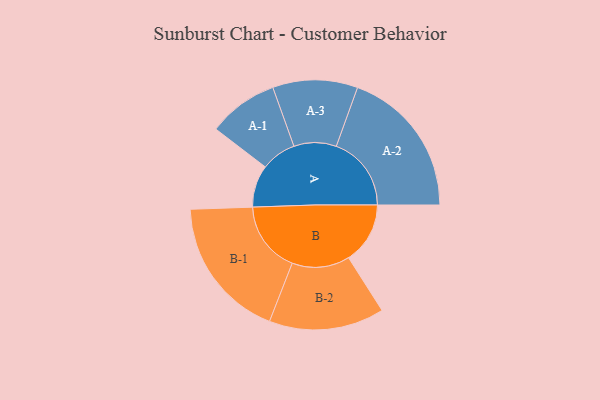
{"axis": {"x": "Segment", "y": "Value"}, "legend": ["", "A", "B"], "data": [{"x": "A", "y": 150, "type": ""}, {"x": "B", "y": 219, "type": ""}, {"x": "A-1", "y": 125, "type": "A"}, {"x": "A-2", "y": 267, "type": "A"}, {"x": "A-3", "y": 151, "type": "A"}, {"x": "B-1", "y": 254, "type": "B"}, {"x": "B-2", "y": 205, "type": "B"}]}